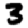
Digit: 3